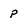
Character: p